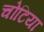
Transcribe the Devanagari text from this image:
चोटिया